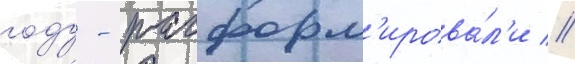
году - расформ'ирова́л'и //